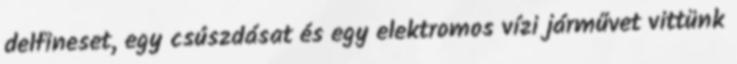
delfineset, egy csúszdásat és egy elektromos vízi járművet vittünk